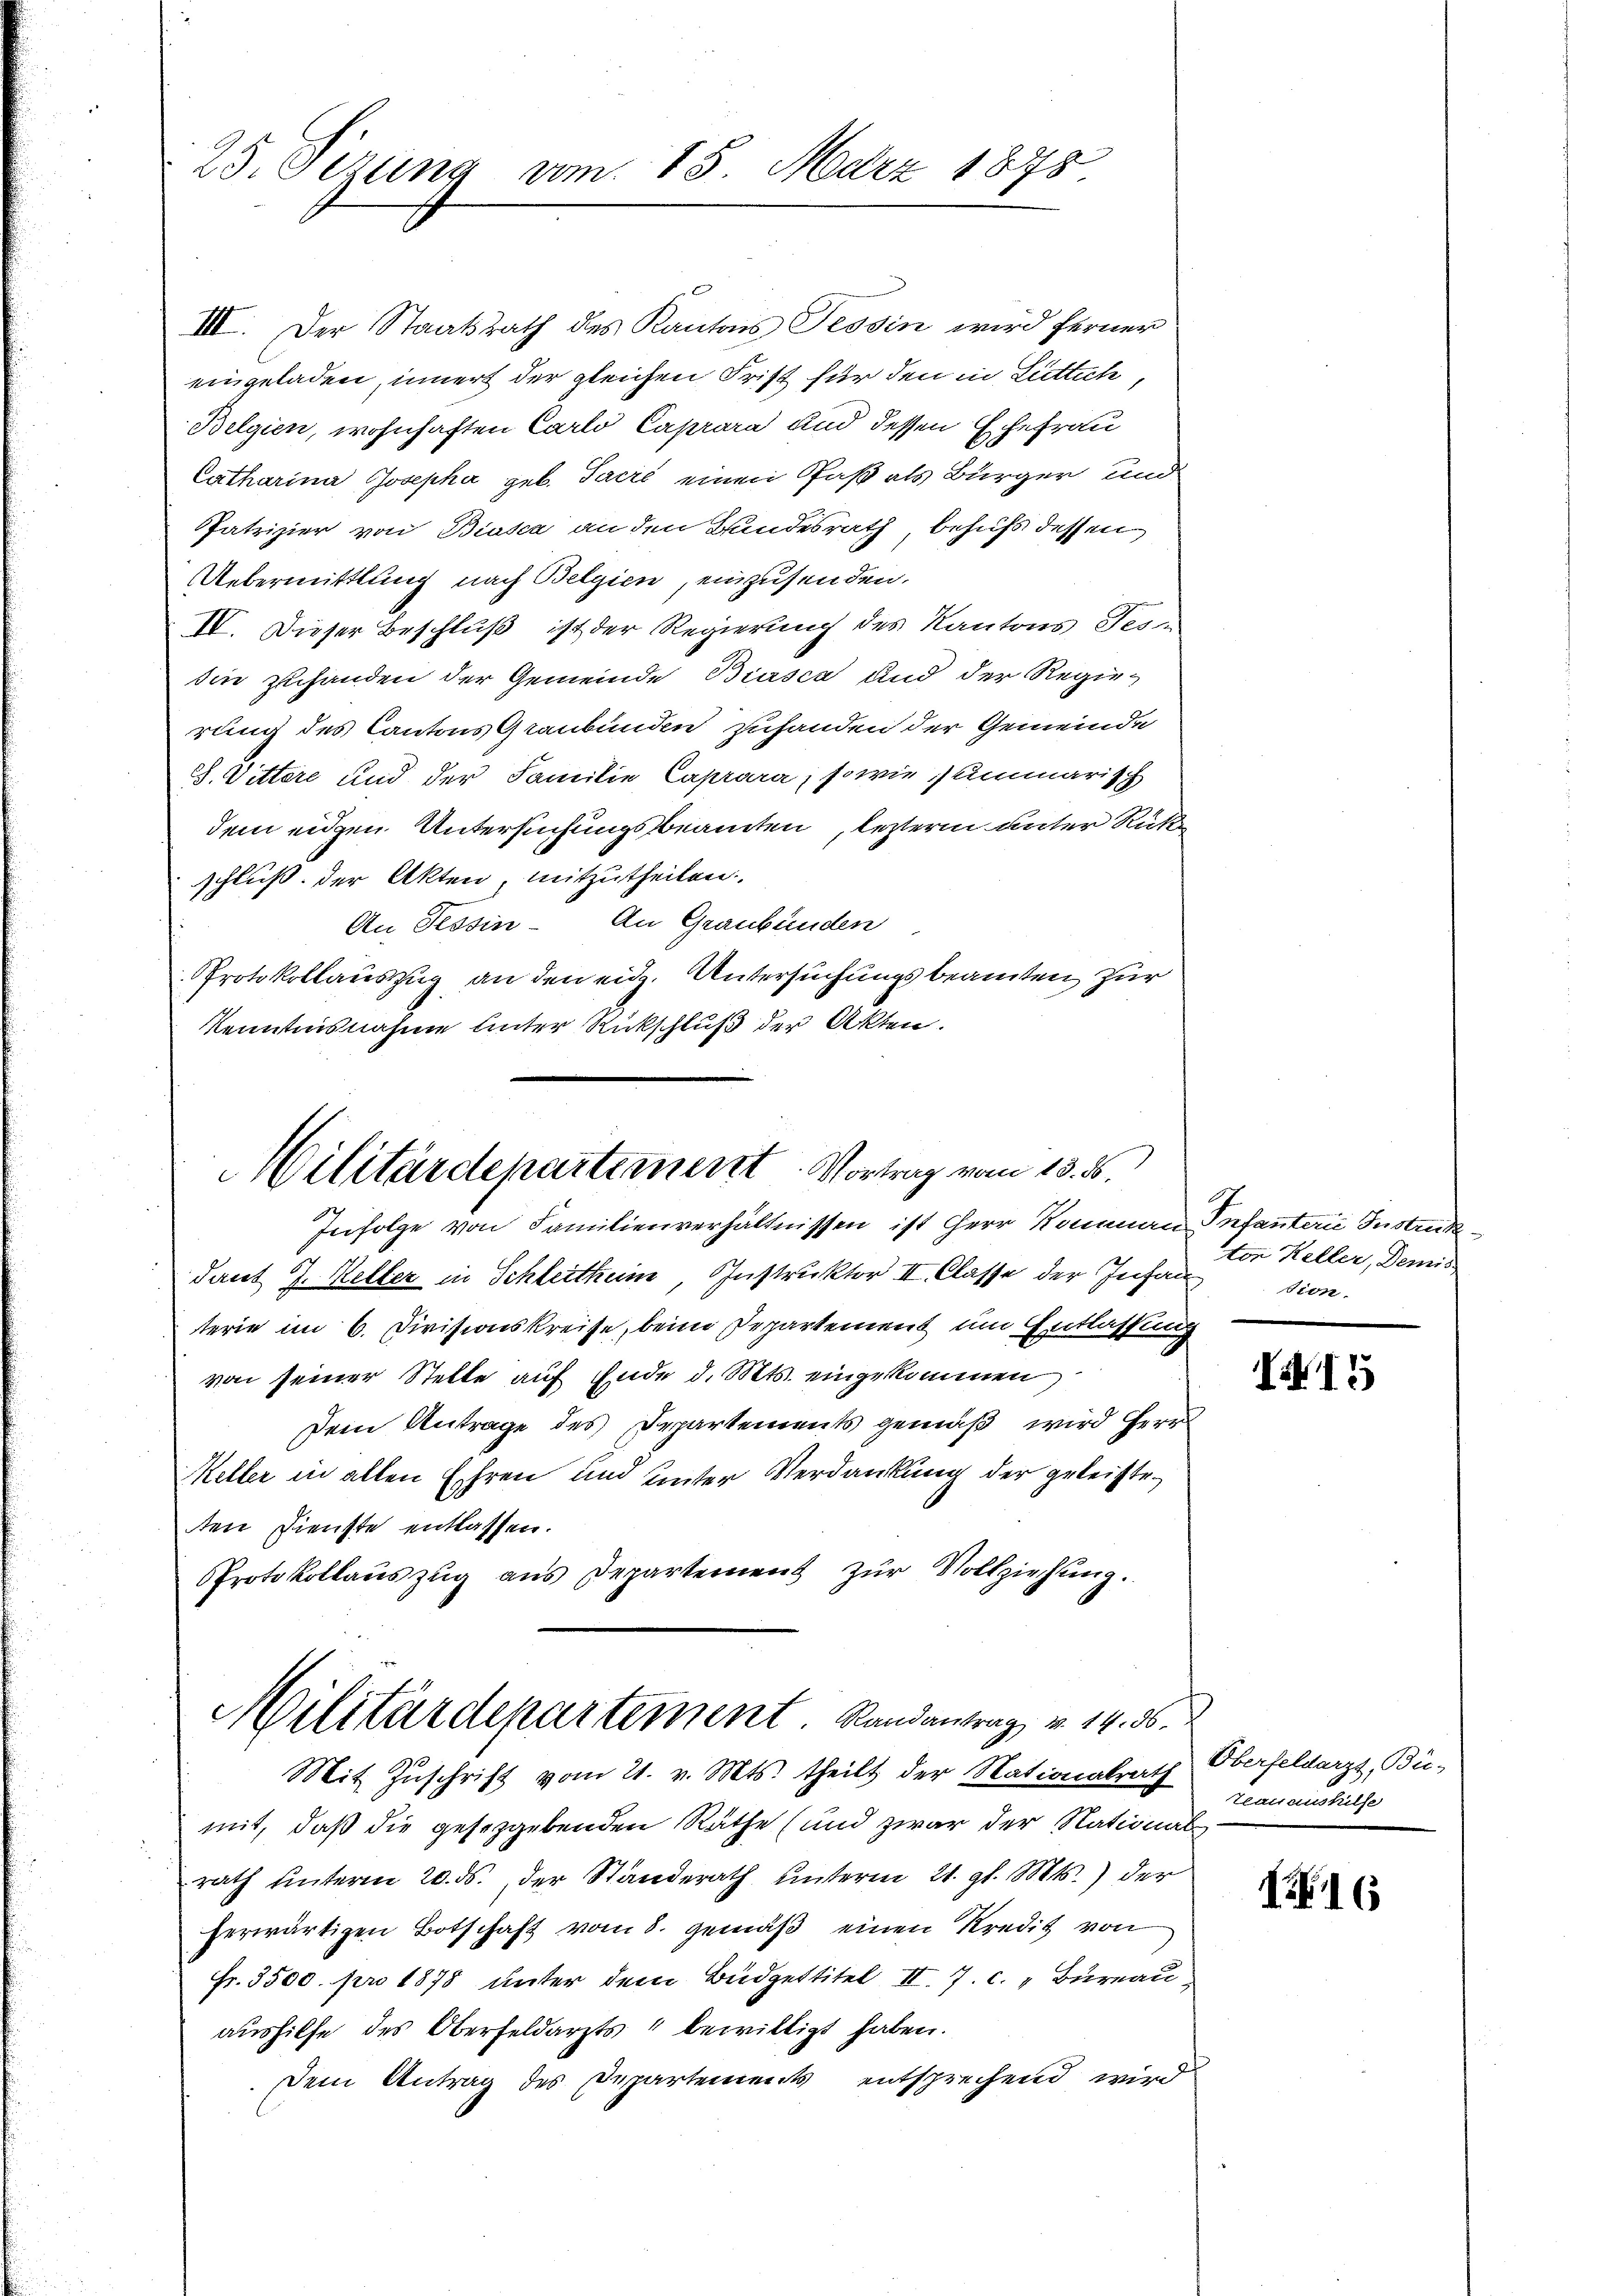
25. Sezung vom 15. März 1878.

III. Der Staatsrath des Kantons Tessin wird ferner
eingeladen, innert der gleichen Frist für den in Luttich,
Belgien, wohnhaften Carlo Caprara und dessen Ehefrau
Catharina Josepha geb. Sacré einen Paß als Bürger und
PPatrizier von Biasca an den Bundesrath, behufs dessen
Uebermittlung nach Belgien, einzusenden.
IV. Dieser Beschluß ist der Regierung des Kantons Tes
sin zuhanden der Gemeinde Biasca und der Regierung des Cantons Graubünden zuhanden der Gemeinde
28. Dittere und der Familie Caprara, sowie summarisch
dem eidgen. Untersuchungsbeamten leztere unter Rücke
schluß der Akten, mitzutheilen.
An Tessin - An Graubünden
PProtokollauszug an den eid. Untersuchungsbeamten zur
Kenntnisnahme unter Rückschluß der Akten.

Militärdepartement. Vortrag vom 13. ds.
Infolge von Familienverhältnissen ist Herr Kommen Infanterii Instand

Militärdepartement. Randantrag v. 14. 36.
Mit Zuschrift vom 21. v. Mts. theilt der Nationalrath Oberfeldarzt, Bü-

dant J. Keller in Schleithun, Instruktor II. Classe der Infansion.
terie im 6. Divisionskreise, beim Departement um Entlassung
von seiner Stelle auf Ende d. Mts. eingekommen
Dem Antrage des Departements gemäß wird Herr
Keller in allen Ehren und unter Verdankung der geleisteten Dienste entlassen.
Protokollauszug aus Departement zur Vollziehung.
mit, daß die gesetzgebenden Räthe (und zwar der National
rath unterm 20. ds. der Standerath unterm 21. gl. Mts. der
herwärtigen Botschaft vom 8. gemäβ einen Kredit von
Fr. 3500. pro 1878 unter dem Budgettitel II. 7. c. " Bureau
aushilfe des Oberfeldarzts" bewilligt haben.
 Dem Antrag des Departements entsprechend wird

ton Keller, Demis

15

teauaushilfe

11 (